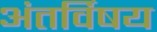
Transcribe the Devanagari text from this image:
अंतर्विषय